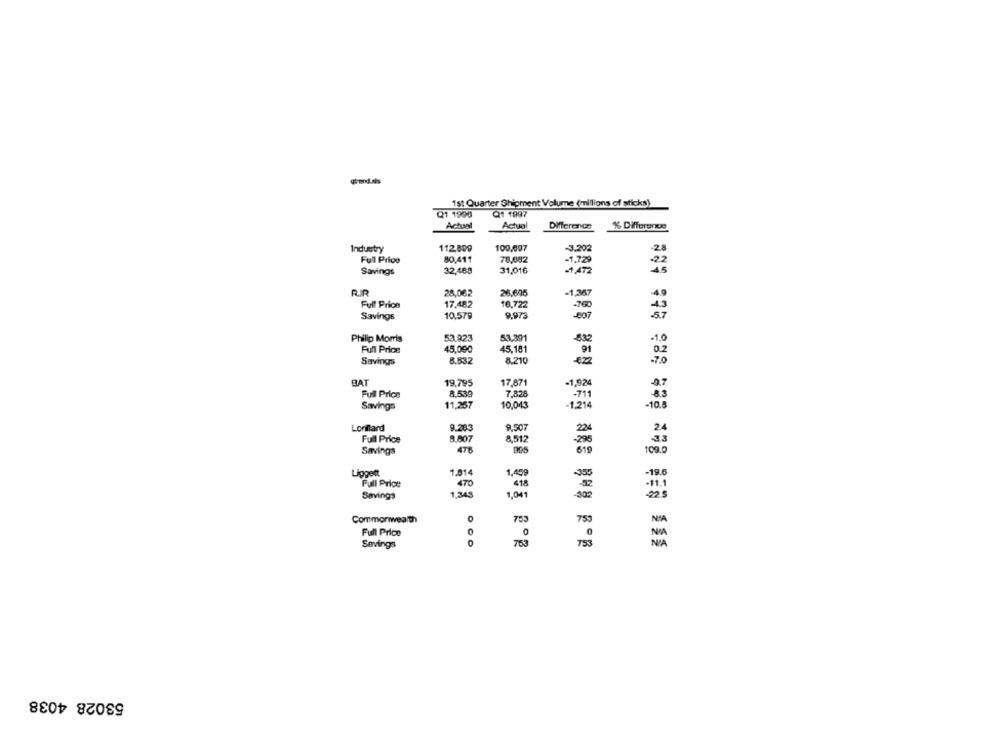
1st Quarter Shipment Volume (millions of sticks)
Q1 1990
Q1 1997
Actual
Actual
Difference
% Difference
Industry
112.800
100,007
-3.202
28
Ful Price
80,411
78,682
-1,729
-22
Savings
32,489
31,016
-1,472
28,062
26.605
-1,367
Full Price
17.482
10,722
-760
Savings
10,579
9.973
-007
Philip Morris
53.923
53.391
-832
-1.0
45,000
45,181
Full Price
91
02
Savings
8,832
8.210
7.0
BAT
19,795
17.871
-1,924
8.530
7,828
Full Price
83
Savings
11,267
10,043
-1.214
-10.8
Lorillard
9.283
9,507
224
24
8.807
8,512
Full Price
Savings
476
905
610
109.
Liggett
1.814
1,459
19.5
Full Price
470
418
11.1
Savings
1,343
1,041
-302
Commonwealth
75
759
NSA
Full Price
0
Savings
763
53028 4038